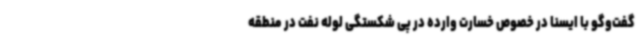
گفت‌وگو با ایسنا در خصوص خسارت وارده در پی شکستگی لوله نفت در منطقه